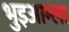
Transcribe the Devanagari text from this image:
भुइआम्ला